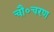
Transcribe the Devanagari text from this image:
चौ॰चरण